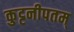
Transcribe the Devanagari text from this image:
कुट्टनीपतम्